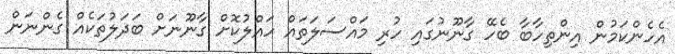
އެހެންކަމުން އިންތިހާބާ ބެހޭ ގާނޫނުގައި ހުރި މައްސަލަތައް ހައްލުކޮށް ގާނޫނަށް ބަދަލުތަކެއް ގެންނަން